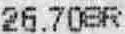
26.70SR